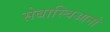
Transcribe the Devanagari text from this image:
सेबास्चिआनो